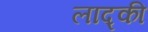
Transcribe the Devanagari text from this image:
लाद्की